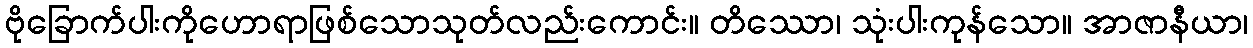
ဗိုခြောက်ပါးကိုဟောရာဖြစ်သောသုတ်လည်းကောင်း။ တိဿော၊ သုံးပါးကုန်သော။ အာဇာနီယာ၊